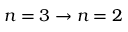
n = 3 \to n = 2